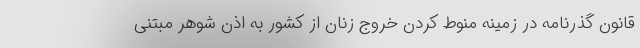
قانون گذرنامه در زمینه منوط کردن خروج زنان از کشور به اذن شوهر مبتنی